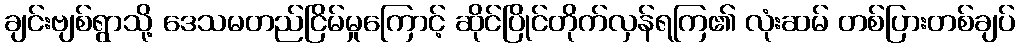
ချင်းဗျစ်ရွာသို့ ဒေသမတည်ငြိမ်မှုကြောင့် ဆိုင်ပြိုင်တိုက်လှန်ရကြ၏ လုံးဆမ် တစ်ပြားတစ်ချပ်